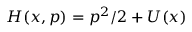
H ( x , p ) = p ^ { 2 } / 2 + U ( x )